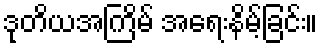
ဒုတိယအကြိမ် အရေးနိမ့်ခြင်း။